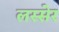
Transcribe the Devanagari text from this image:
लस्सेर